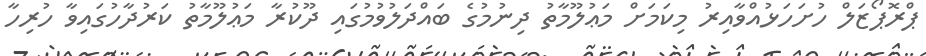
ޕްރޮޕޯޒަލް ހުށަހަޅުއްވާއިރު މިކަމަށް މަޢުލޫމާތު ދިނުމުގެ ބައްދަލުވުމުގައި ދޫކުރާ މަޢުލޫމާތު ކަރުދާހުގައިވާ ހުރިހާ